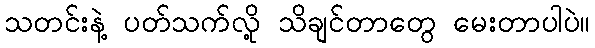
သတင်းနဲ့ ပတ်သက်လို့ သိချင်တာတွေ မေးတာပါပဲ။